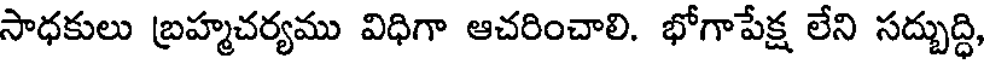
సాధకులు బ్రహ్మచర్యము విధిగా ఆచరించాలి. భోగాపేక్ష లేని సద్బుద్ధి,